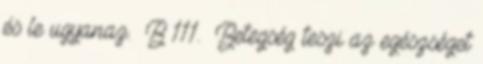
és le ugyanaz. B 111. Betegség teszi az egészséget